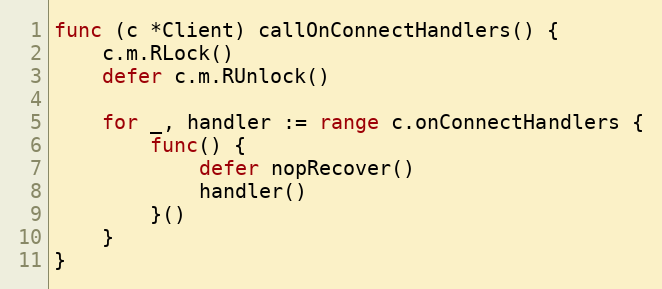
Language: Go
func (c *Client) callOnConnectHandlers() {
	c.m.RLock()
	defer c.m.RUnlock()

	for _, handler := range c.onConnectHandlers {
		func() {
			defer nopRecover()
			handler()
		}()
	}
}